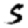
Digit: 5